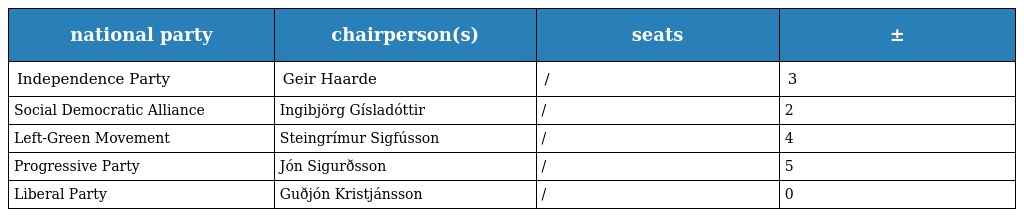
| national party | chairperson(s) | seats | ± |
 | --- | --- | --- | --- |
 | Independence Party | Geir Haarde | / | 3 |
 | Social Democratic Alliance | Ingibjörg Gísladóttir | / | 2 |
 | Left-Green Movement | Steingrímur Sigfússon | / | 4 |
 | Progressive Party | Jón Sigurðsson | / | 5 |
 | Liberal Party | Guðjón Kristjánsson | / | 0 |